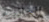
الجاذبيه